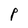
Character: P